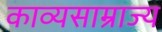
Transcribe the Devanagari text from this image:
काव्यसाम्राज्य